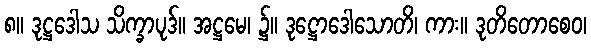
၈။ ဒုဋ္ဌဒေါသ သိက္ခာပုဒ်။ အဋ္ဌမေ၊ ၌။ ဒုဋ္ဌောဒေါသောတိ၊ ကား။ ဒုတိတောစေဝ၊